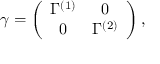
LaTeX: \gamma = \left( \begin{array} { c c } { { \Gamma ^ { ( 1 ) } } } & { { 0 } } \\ { { 0 } } & { { \Gamma ^ { ( 2 ) } } } \end{array} \right) ,